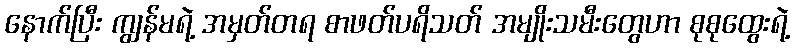
နောက်ပြီး ကျွန်မရဲ့ အမှတ်တရ စာဖတ်ပရိသတ် အမျိုးသမီးတွေဟာ စုစုထွေးရဲ့